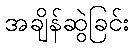
အချိန်ဆွဲခြင်း